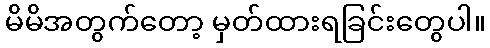
မိမိအတွက်တော့ မှတ်ထားရခြင်းတွေပါ။